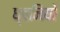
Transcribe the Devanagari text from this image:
ध्वनियो